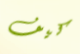
كيف